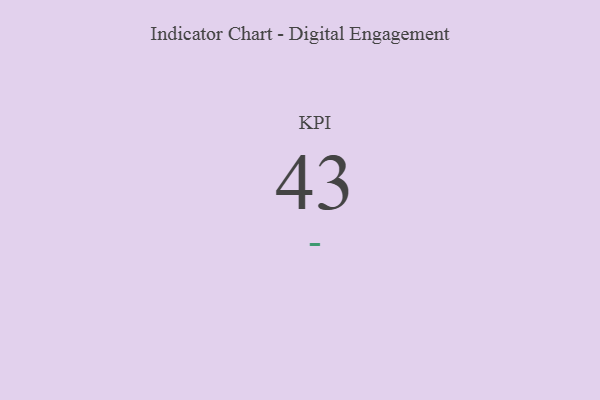
{"axis": {"x": "KPI", "y": "Value"}, "legend": [""], "data": [{"x": "KPI", "y": 43, "type": ""}]}